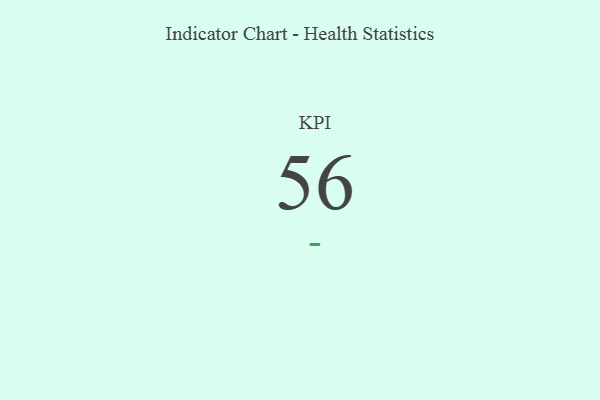
{"axis": {"x": "KPI", "y": "Value"}, "legend": [""], "data": [{"x": "KPI", "y": 56, "type": ""}]}